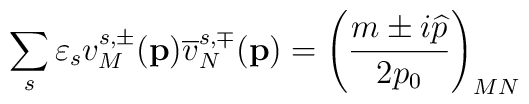
\sum_s\varepsilon _sv_M^{s,\pm }(\mathbf{p})\overline{v}_N^{s,\mp}(\mathbf{p })=\left( \frac{m\pm i\widehat{p}}{2p_0}\right) _{MN}